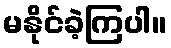
မနိုင်ခဲ့ကြပါ။